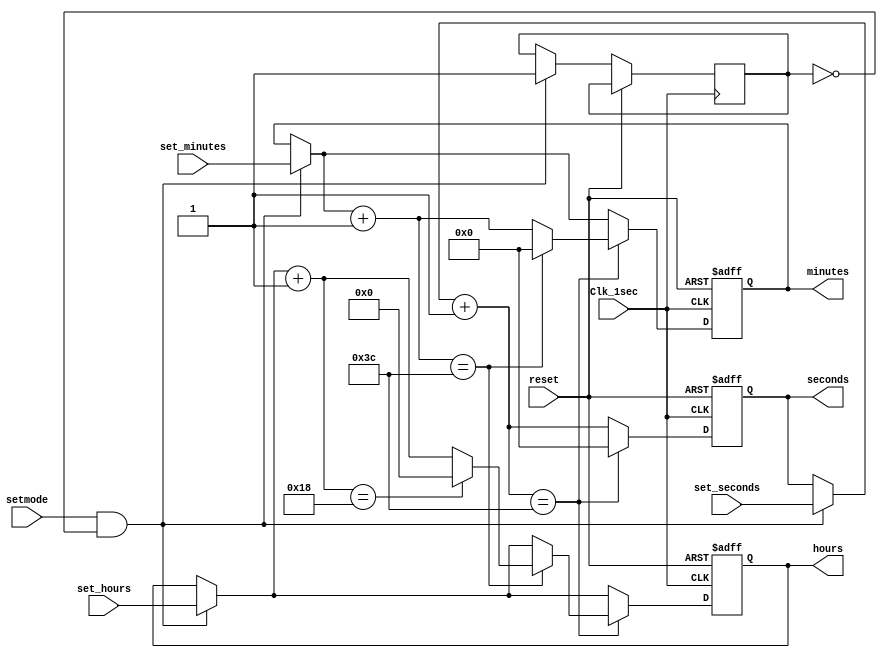
module DigitalCLK(
    Clk_1sec,  		// Clock with 1 Hz frequency
    reset,     
    seconds,
    minutes,
    hours,
	setmode,		// setmode = 1 : confirm that time will be set at beginning
	set_seconds,	// set value seconds for clock
	set_minutes,	// set value minutes for clock
	set_hours);		// set value hours for clock

//  Input variables
    input Clk_1sec;  
    input reset;
	input setmode;
	input [6:0] set_seconds;
	input [6:0] set_minutes;
	input [5:0] set_hours;
	
//  Output variables
    output [6:0] seconds;
    output [6:0] minutes;
    output [5:0] hours;
	
//  Internal variables
    reg [6:0] seconds;
    reg [6:0] minutes;
    reg [5:0] hours; 
	reg setmode_state = 1'b0;		// setmode_state = 0: not ever set time 
									// setmode_state = 1: already set time -> not set time anymore
	
//  Execute the always blocks when the Clock or reset inputs exist
//  posedge: Changing from 0 to 1
    always @(posedge(Clk_1sec) or posedge(reset))
    begin
        if(reset == 1'b1) 			// Check for active high reset
		begin  
            seconds = 6'd0;
            minutes = 6'd0;
            hours = 5'd0;  
		end
			
        else if(Clk_1sec == 1'b1)  // At the beginning of each second
		begin
			if ((setmode == 1'b1) && (setmode_state == 1'b0))
			begin
				seconds = set_seconds;
				minutes = set_minutes;
				hours = set_hours;
				setmode_state = 1'b1;
			end
			
            seconds = seconds + 6'd1; 
            if(seconds == 6'd60) 
			begin 
                seconds = 6'd0;  
                minutes = minutes + 6'd1; 
                if(minutes == 6'd60) 
				begin 
                    minutes = 6'd0;  
                    hours = hours + 5'd1;  
                    if(hours ==  5'd24) 
					begin  
                        hours = 5'd0; 
                    end 
                end
            end     
        end
    end     

endmodule